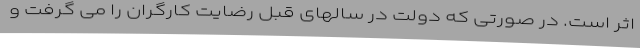
اثر است. در صورتی که دولت در سالهای قبل رضایت کارگران را می گرفت و